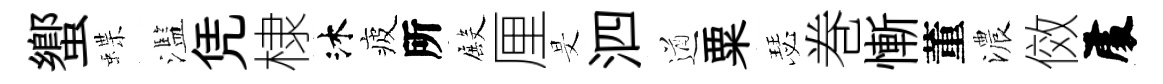
蠁蝶濫凭棣沐疲所殿厘旻泗遒粟瑟巻慚董濃傚𠁅